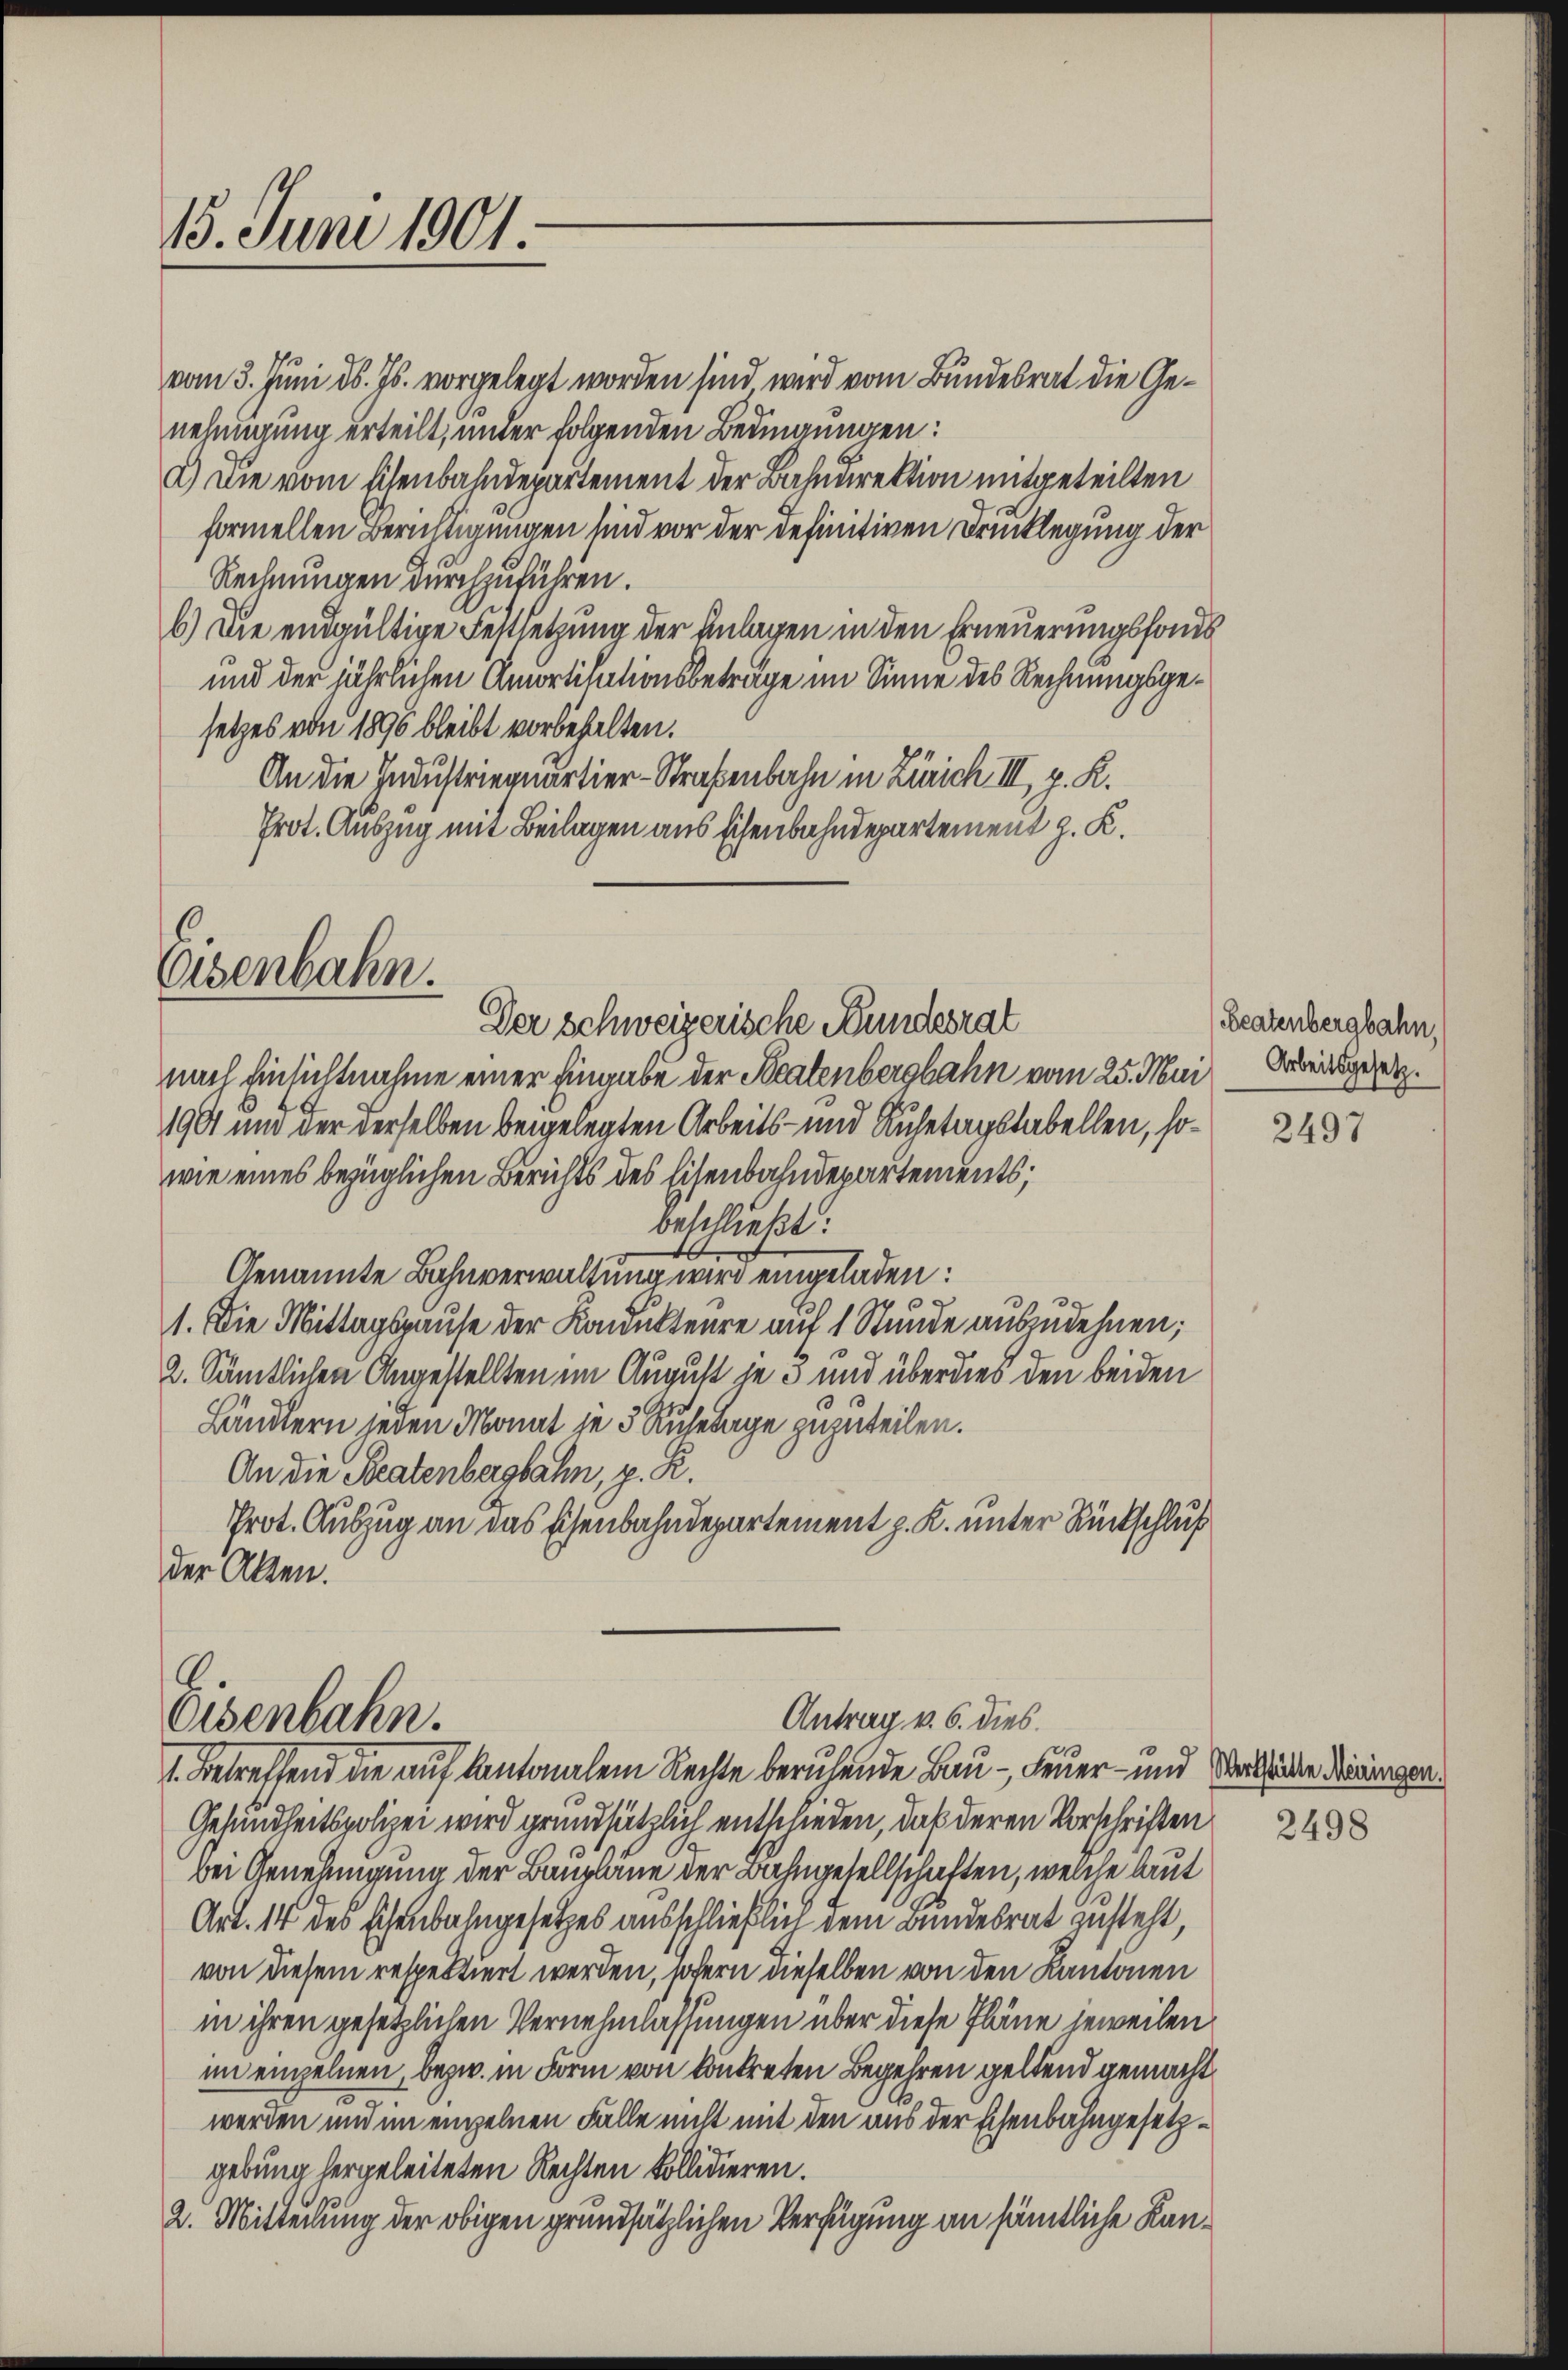
15. Juni 1901.

vom 3. Juni d. Js. vorgelegt worden sind wird vom Bundesrat die Genehmigung erteilt, under folgenden Bedingungen:
2) Die vom Eisenbahndepartement der Bahndirektion mitgeteilten
formellen Berichtigungen sind vor der definitiven Drucklegung der
Rechnungen durchzuführen.
6.) Die endgültige Festsetzung der Anlagen in den Erneuerungsfonds
und der jährlichen Amortisationsbeträge im Sinne des Rechnungsgesetzes von 1895 bleibt vorbehalten.
An die Industriequartier-Straßenbahn in Zürich III. p. K.
Prot. Auszug mit Beilagen aus sichenbahndepartement z. K.

Eisenbahn.
Der Schweizerische Bundesrat

.
Antrag v. 6. dies
Osenbahn.

nach Einsichtnahme einer Eingabe der Staatenbergbahn vom 25. Mai Arbeinsgesetz
1901 und der derselben beigelegten Arbeits- und Ruhetagstabellen, sowie eines bezüglichen Berichts des Eisenbahndepartements;
beschließt:
Genannte Bahnverwaltung wird eingeladen:
1. Die Mittagspause der Kondukteure auf 1 Stunde auszudehnen;
2. Sämtlichen Angestellten im August je 3 und überdies den beiden
Ländlern jeden Monat je 5 Ruhetage zuzuteilen.
An die Beatenbergbahn, z. R.
Prot. Auszug an das Eisenbahndepartement p. K. unter Rückschluß
der Alten.

1. Betreffend die auf Kantonalem Rechte beruhende Bau - Feuer- und Wertheide dringen.
Gesundheitspolizei wird grundsätzlich entschieden, daß deren Vorschriften
bei Genehmigung der Baupläne der Bahngesellschaften, welche laut
Art. 14 des schenbahngesetzes ausschließlich dem Bundesrat zusteht,
von diesem respektiert werden, sofern dieselben von den Kantonen
in ihren gesetzlichen Vernehmlassungen über diese Pläne jeweilen
im einzelnen, bezw. in Form von kontreten Begehren geltend gemacht
werden und im einzelnen Fälle nicht mit den aus der Eisenbahngesetzgebung hergeleiteten Rechten kollidieren.
2. Mitteilung der obigen grundsätzlichen Verfügung an sämtliche Kan¬

Beatenbergbahn,

2497

2498